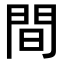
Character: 間